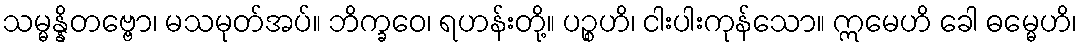
သမ္မန္နိတဗ္ဗော၊ မသမုတ်အပ်။ ဘိက္ခဝေ၊ ရဟန်းတို့။ ပဉ္စဟိ၊ ငါးပါးကုန်သော။ ဣမေဟိ ခေါ ဓမ္မေဟိ၊